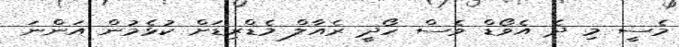
މެސީ މި ދެ އެވޯޑް ވެސް ހޯދީ ރެއާލް މެޑްރިޑަށް ކުޅެމުން އަންނަ